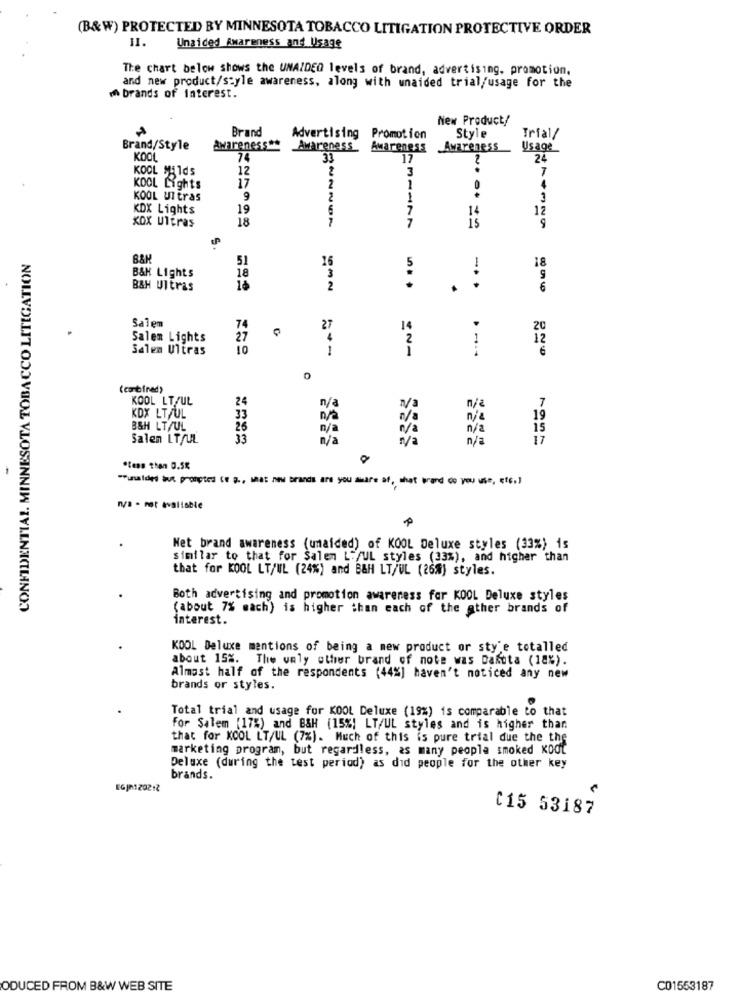
(B&W) PROTECTED BY MINNESOTA TOBACCO LITIGATION PROTECTIVE ORDER
II.
Unaided Awareness and Usage
The chart below shows the UNAIDED levels of brand, advertising, promotion,
and new product/style awareness, along with unaided trial/usage for the
brands of interest.
New Product/
Brand
Advertising
Promotion
Style
Trial/
Brand/Style
Awareness
Awareness
Awareness
Usage
KOOL
74
33
17
24
KOOL MUIds
12
3
7
17
4
KOOL Lights
2
1
0
KOOL Ultras
9
2
1
3
KDX Lights
19
7
14
12
88899
18
7
7
9
xox Ultras
is
CONFIDENTIAL. MINNESOTA TOBACCO LITIGATION
B&H
51
16
B&H Lights
18
5
3
9
B&H Ultras
2
6
.
Salem
74
27
1
Salen Lights
27
2
1
Salem Ultras
10
1
6
(combined)
KOOL LT/UL
24
n/a
KDX LTJUL
7
33
n/a
n/a
n/a
19
B&H LT/UL
26
n/a
n/a
15
Salen LT/UL
33
n/a
n/a
n/a
17
-
"less than 0.5%
"Pusaides but prompted Ce B ., sat nu brands are you are af, that wand do you use, etc.)
nya - mot avaliable
Net brand awareness (unaided) of KOOL Deluxe styles (33%) is
similar to that for Salen L./UL styles (33%), and higher than
that for KOOL LT/UL (24%) and B&H LT/UL (26%) styles.
Both advertising and promotion awareness for KOOL Deluxe styles
(about 7% mach) is higher than each of the ather brands of
interest.
KOOL Deluxe mentions of being a new product or sty'e totalled
about 15%. The valy other brand of note was Dakota (18%).
Almost half of the respondents (44%] haven't noticed any new
brands or styles.
Total trial and usage for KOOL Deluxe (19%) is comparable to that
for Salem (17%) and B&H (15%) LT/UL styles and is higher than
that for KOOL LT/UL (7%). Much of this is pure trial due the the
marketing program, but regardless, as many people smoked KOOL
Deluxe (during the test period) as did people for the other key
brands.
EGJn120212
C15 53187
ODUCED FROM B&W WEB SITE
C01553187